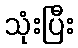
သုံးပြီး